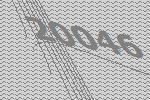
20046